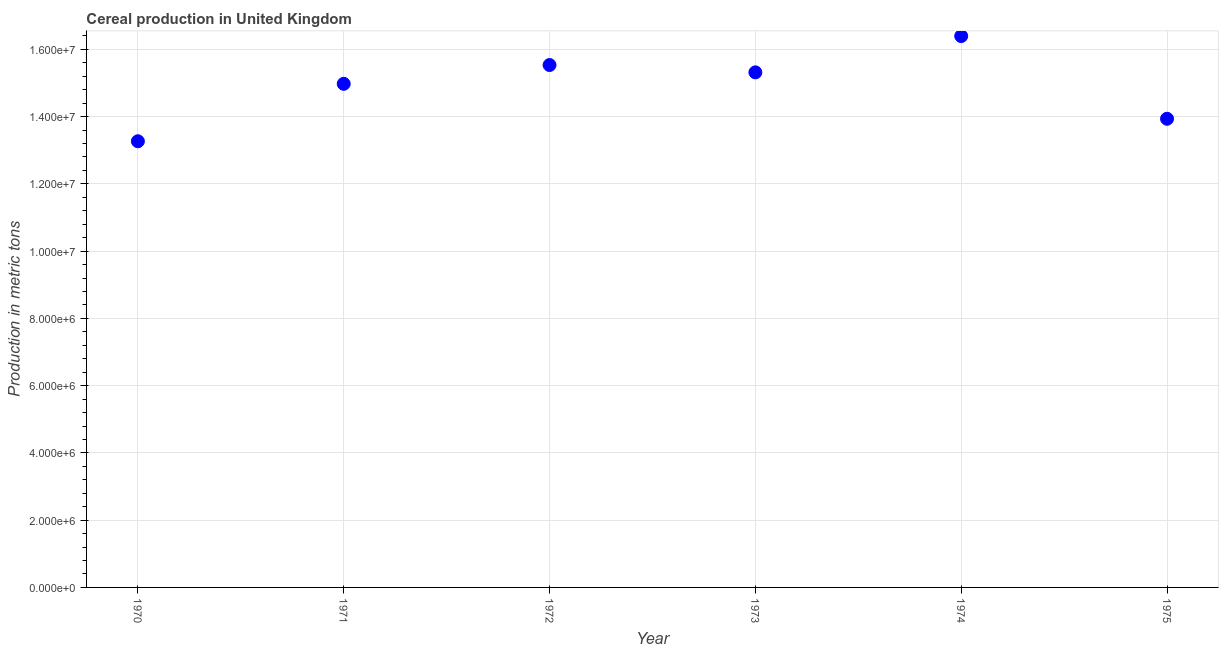
| Year | Cereal production |
 | --- | --- |
 | 1970 | 1.33e+07 |
 | 1971 | 1.5e+07 |
 | 1972 | 1.55e+07 |
 | 1973 | 1.53e+07 |
 | 1974 | 1.64e+07 |
 | 1975 | 1.39e+07 |